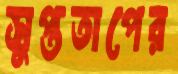
সুপ্ততাপের